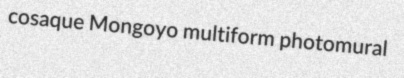
cosaque Mongoyo multiform photomural